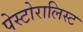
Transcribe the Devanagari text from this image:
पेस्टोरालिस्ट